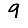
Digit: 9